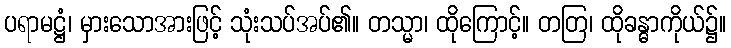
ပရာမဋ္ဌံ၊ မှားသောအားဖြင့် သုံးသပ်အပ်၏။ တသ္မာ၊ ထိုကြောင့်။ တတြ၊ ထိုခန္ဓာကိုယ်၌။